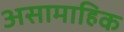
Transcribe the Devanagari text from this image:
असामाहिक